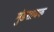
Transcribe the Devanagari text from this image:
मुंडशावक